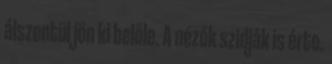
álszentül jön ki belőle. A nézők szidják is érte.